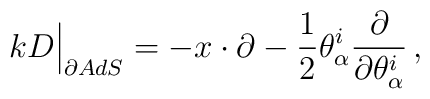
kD\Big\vert_{\partial AdS} =- x \cdot \partial-\frac{1}{2}\theta_\alpha^i\frac{\partial}{\partial \theta_\alpha^i} \,,